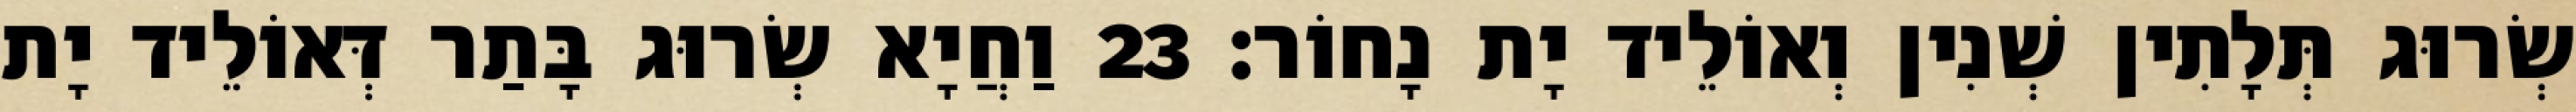
שְׂרוּג תְּלָתִין שְׁנִין וְאוֹלֵיד יָת נָחוֹר׃ 23 וַחֲיָא שְׂרוּג בָּתַר דְּאוֹלֵיד יָת